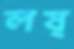
লষ্